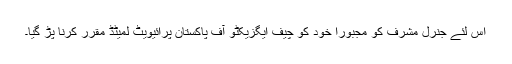
اس لئے جنرل مشرف کو مجبوراً خود کو چیف ایگزیکٹو آف پاکستان پرائیویٹ لمیٹڈ مقرر کرنا پڑ گیا۔